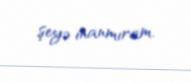
şeyə inanmıram.